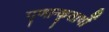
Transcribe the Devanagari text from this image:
गृणान्कृतार्थो